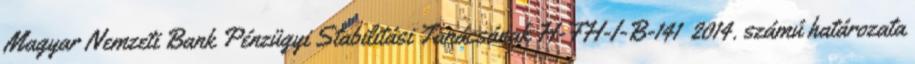
Magyar Nemzeti Bank Pénzügyi Stabilitási Tanácsának H-FH-I-B-141 2014. számú határozata